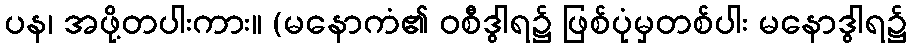
ပန၊ အဖို့တပါးကား။ (မနောကံ၏ ဝစီဒွါရ၌ ဖြစ်ပုံမှတစ်ပါး မနောဒွါရ၌